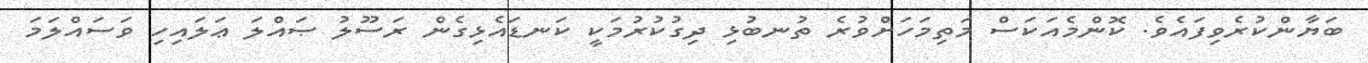
ބަޔާންކުރެވިފައެވެ. ކޮންމެއަކަސް މަތިމަހަށްވުރެ ތުނބުޅި ދިގުކުރުމަކީ ކަނޑައެޅިގެން ރަސޫލު ޞައްލަ ޢަލައިހި ވަސައްލަމަ